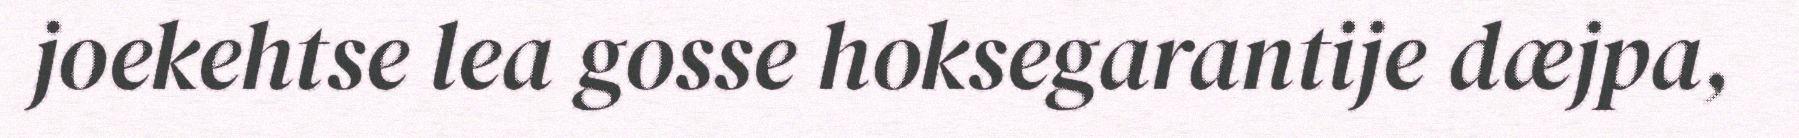
joekehtse lea gosse hoksegarantije dæjpa,